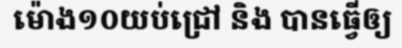
ម៉ោង១០យប់ជ្រៅ និង បានធ្វើឲ្យ